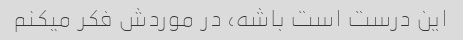
این درست است باشه، در موردش فکر میکنم